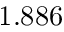
1 . 8 8 6